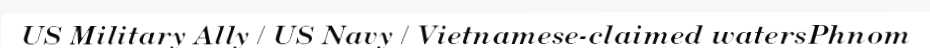
US Military Ally / US Navy / Vietnamese-claimed watersPhnom